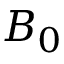
B _ { 0 }